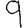
Digit: 9